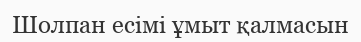
Шолпан есімі ұмыт қалмасын